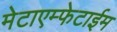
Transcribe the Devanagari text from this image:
मेटाएम्फेटाईम